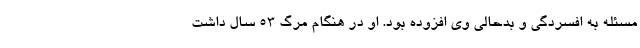
مسئله به افسردگی و بدحالی وی افزوده بود. او در هنگام مرگ ۵۳ سال داشت